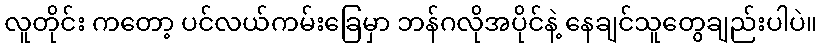
လူတိုင်း ကတော့ ပင်လယ်ကမ်းခြေမှာ ဘန်ဂလိုအပိုင်နဲ့ နေချင်သူတွေချည်းပါပဲ။